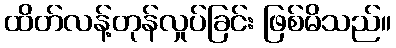
ထိတ်လန့်တုန်လှုပ်ခြင်း ဖြစ်မိသည်။